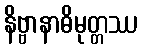
နိဗ္ဗာနာဓိမုတ္တဿ